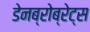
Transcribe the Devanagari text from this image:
डेनब्रोब्रेट्स